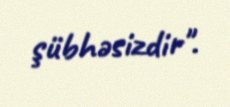
şübhəsizdir".